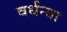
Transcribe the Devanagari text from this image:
वर्धन्या